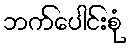
ဘက်ပေါင်းစုံ